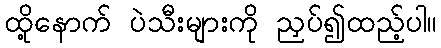
ထို့နောက် ပဲသီးများကို ညှပ်၍ထည့်ပါ။